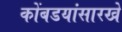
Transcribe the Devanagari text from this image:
कोंबडयांसारखे